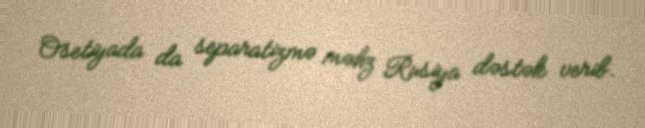
Osetiyada da separatizmə məhz Rusiya dəstək verib.